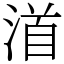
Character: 渞